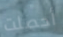
أحصلت